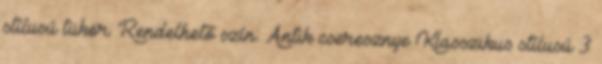
stílusú tükör. Rendelhető szín: Antik cseresznye Klasszikus stílusú 3